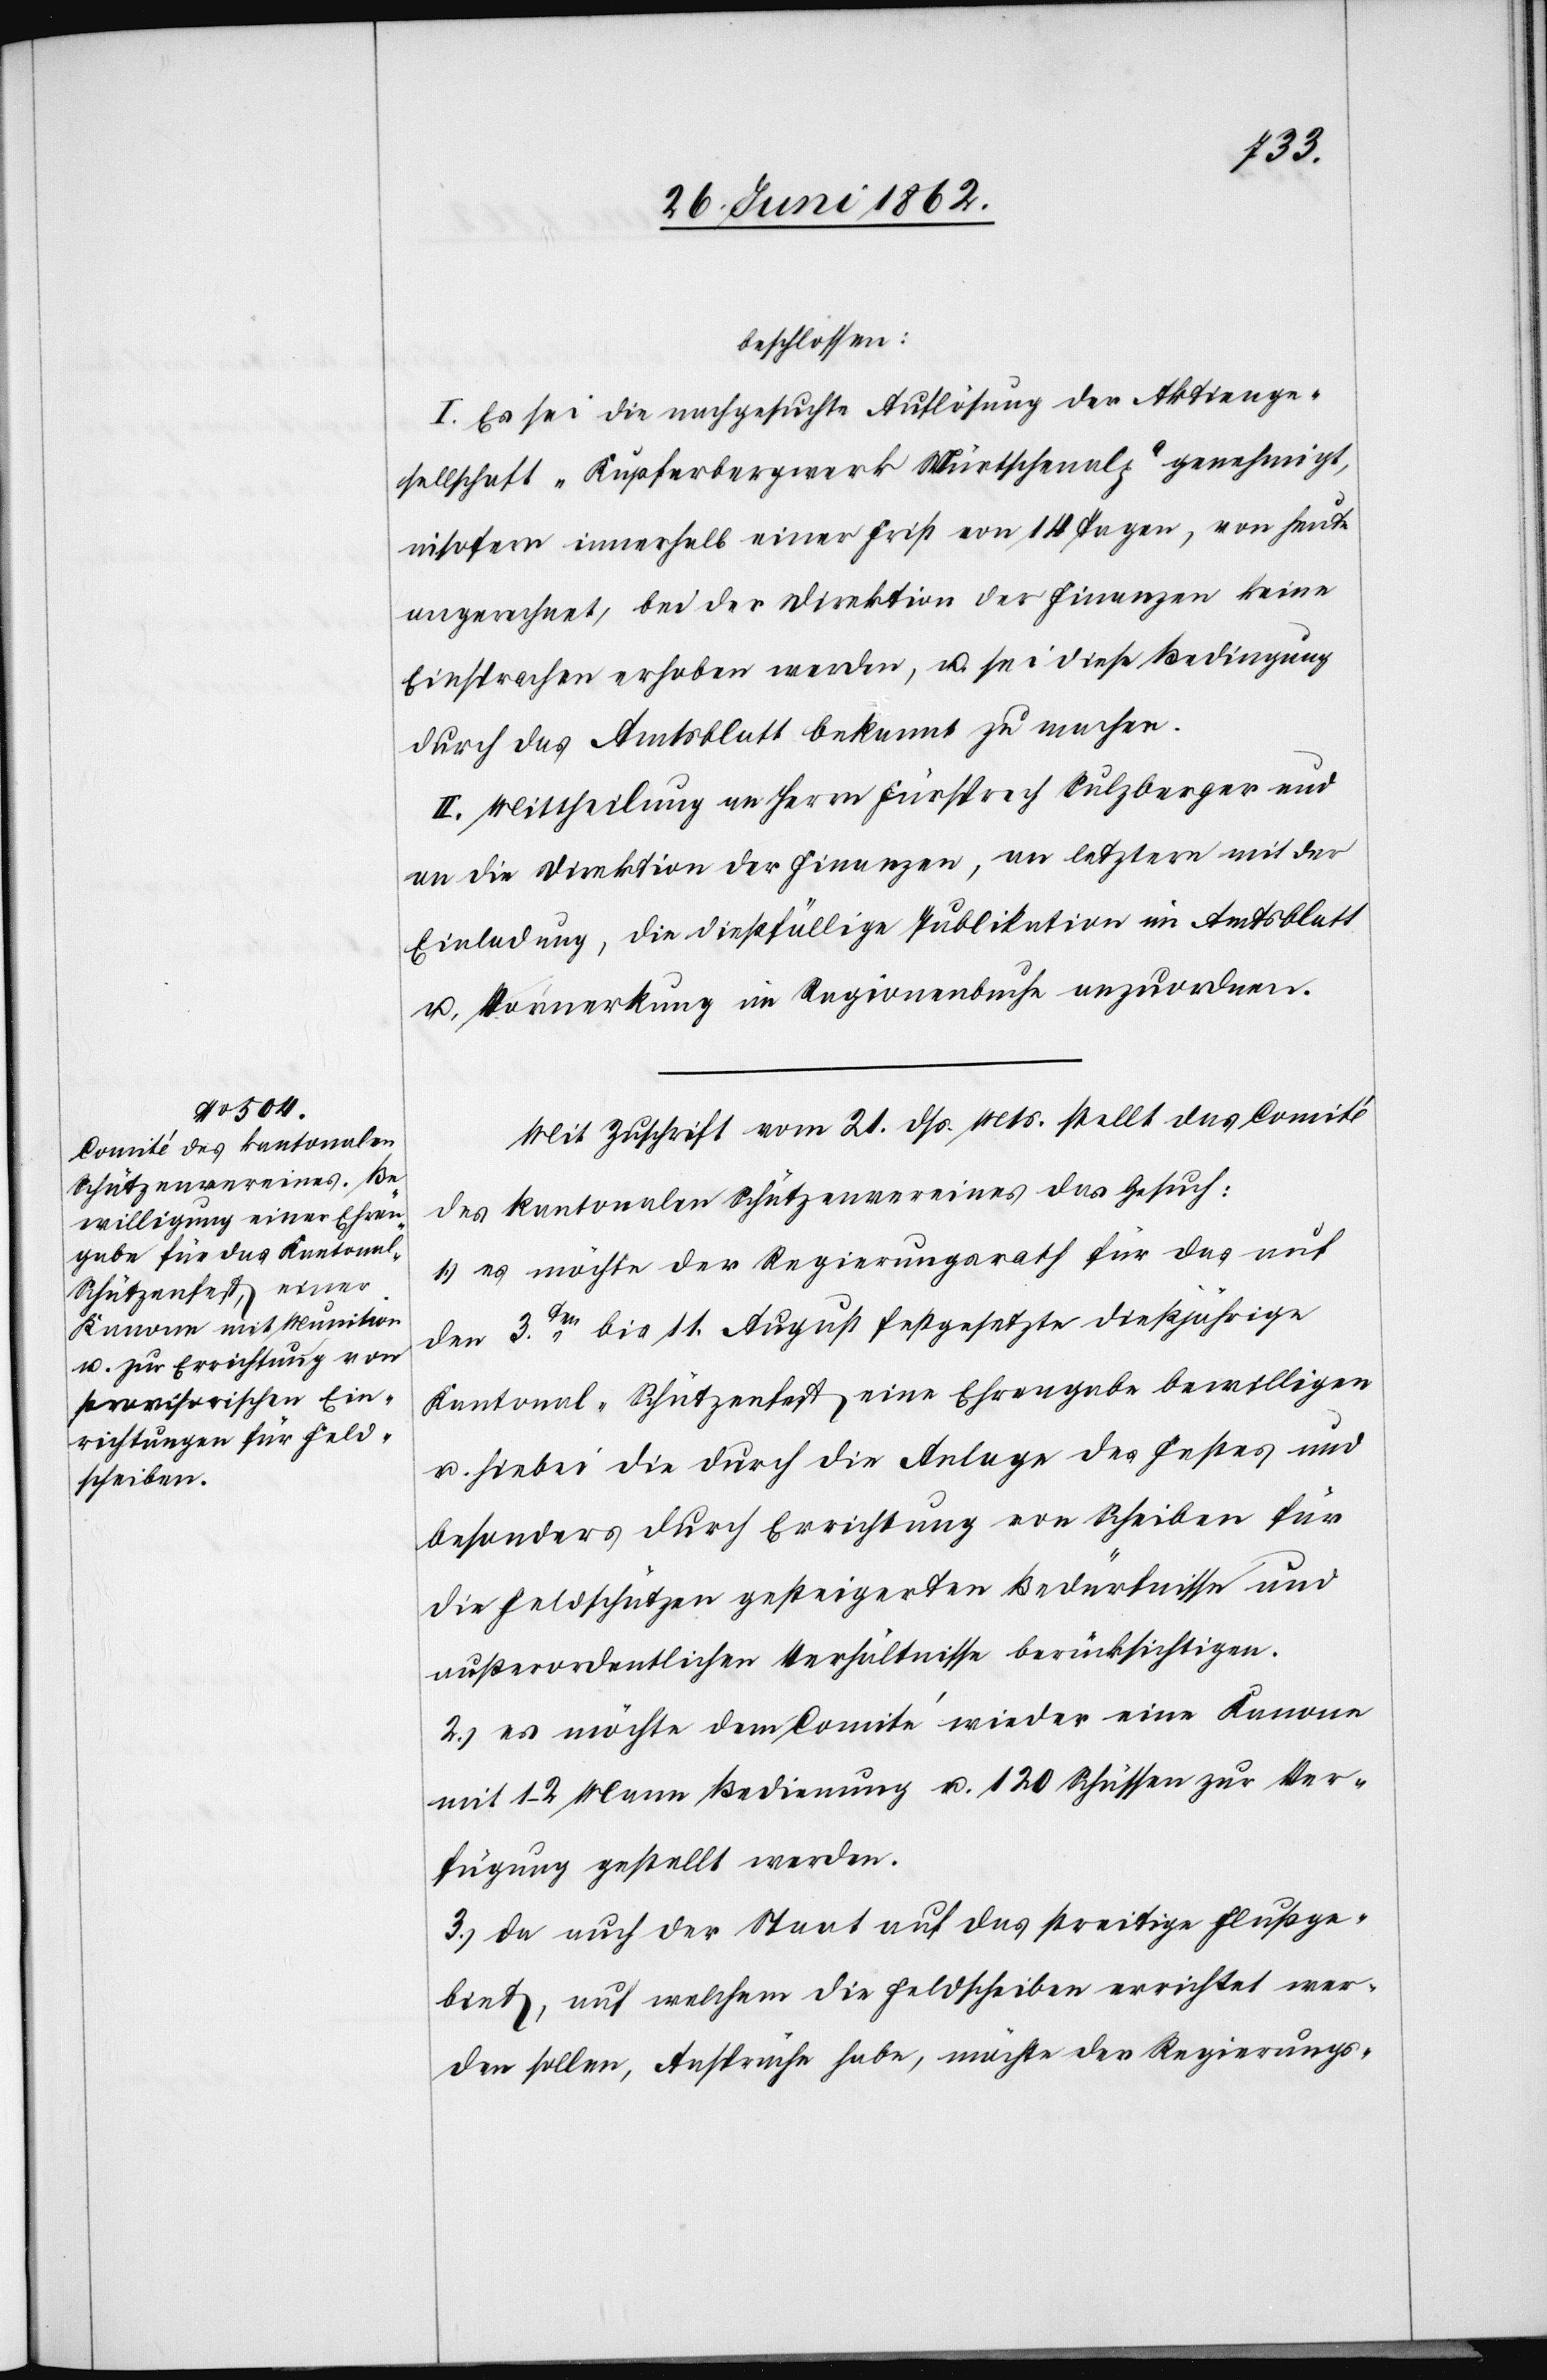
hiebei durch Errichtung von
Scheiben

beschlossen:
I. Es sei die nachgesuchte Auflösung der Aktienge¬
sellschaft „Kupferbergwerk Mürtschenalp“ genehmigt,
insofern innerhalb einer Frist von 14 Tagen, von heute
angerechnet, bei der Direktion der Finanzen keine
Einsprachen erhoben werden, u. sei diese Bedingung
durch das Amtsblatt bekannt zu machen.
II. Mittheilung an Herrn Fürsprech Sulzberger und
an die Direktion der Finanzen, an letztern mit der
Einladung, die dießfällige Publikation im Amtsblatt
u. Vormerkung im Ragionenbuche anzuordnen.
Mit Zuschrift vom 21. dß. Mts. stellt das Comité
des kantonalen Schützenvereines das Gesuch:
1) es möchte der Regierungsrath für das auf
den 3ten bis 11. August festgesetzte dießjährige
Kantonal-Schützenfest eine Ehrengabe bewilligen
die Feldschützen gesteigerten Bedürfnisse und
außerordentlichen Verhältnisse berücksichtigen.
2) es möchte dem Comité wieder eine Kanone
mit 1–2 Mann Bedienung u. 120 Schüssen zur Ver¬
fügung gestellt werden.
3) da auch der Staat auf das streitige Flußge¬
biete, auf welchem die Feldscheiben errichtet wer¬
den sollen, Ansprüche habe, möchte der Regierungs-